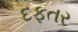
દફતર